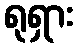
ရုရှား